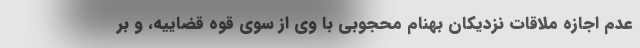
عدم اجازه ملاقات نزدیکان بهنام محجوبی با وی از سوی قوه قضاییه، و بر